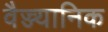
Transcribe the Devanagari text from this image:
वैज्ज्यानिक